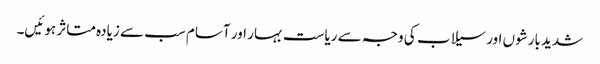
شدید بارشوں اور سیلاب کی وجہ سے ریاست بہار اور آسام سب سے زیادہ متاثر ہوئیں۔